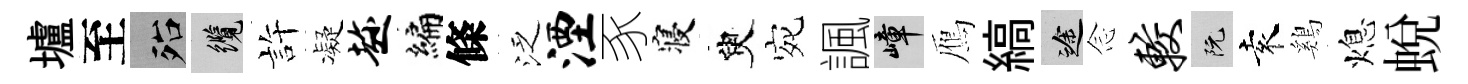
壚至殆纜許凝趁编條泛湮豕寝臾宛諷嶂鴈縞途𫝹较阮袁鷄熄蛻